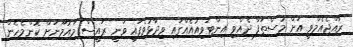
ރާއްޖެއެމްވީ އަށް މުސްތަފާ ދެއްވި އިންޓަވިއުއެއްގައި ވިދާޅުވެފައި ވަނީ ރައީސް މައުމޫނަށް ކޮންމެހެން